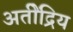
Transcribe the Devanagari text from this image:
अतीेंद्रिय